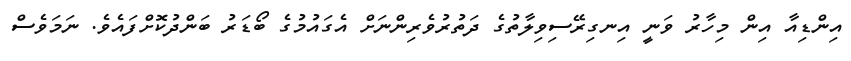
އިންޑިއާ އިން މިހާރު ވަނީ އިނގިރޭސިވިލާތުގެ ދަތުރުވެރިންނަށް އެގައުމުގެ ބޯޑަރު ބަންދުކޮށްފައެވެ. ނަމަވެސް